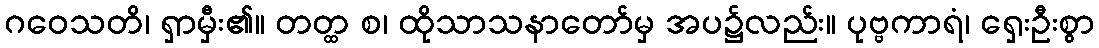
ဂဝေသတိ၊ ရှာမှီး၏။ တတ္ထ စ၊ ထိုသာသနာတော်မှ အပ၌လည်း။ ပုဗ္ဗကာရံ၊ ရှေးဦးစွာ